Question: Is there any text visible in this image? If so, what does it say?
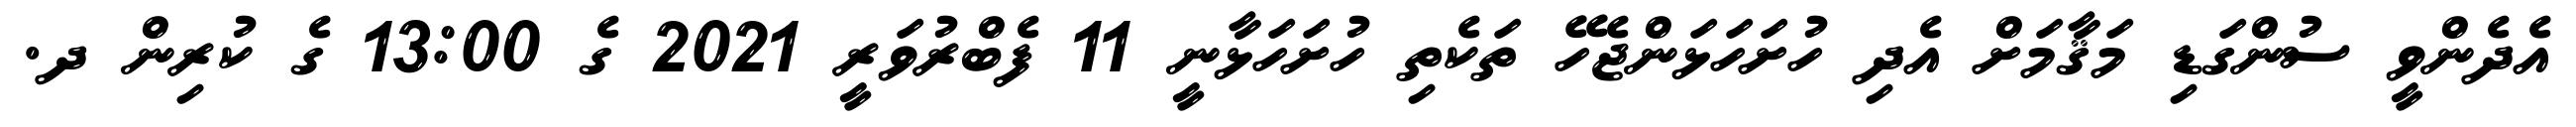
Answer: އެދެންވީ ސުންގަޑި މަޤާމަށް އެދި ހުށަހަޅަންޖެހޭ ތަކެތި ހުށަހަޅާނީ 11 ފެބްރުވަރީ 2021 ގެ 13:00 ގެ ކުރިން ދ.